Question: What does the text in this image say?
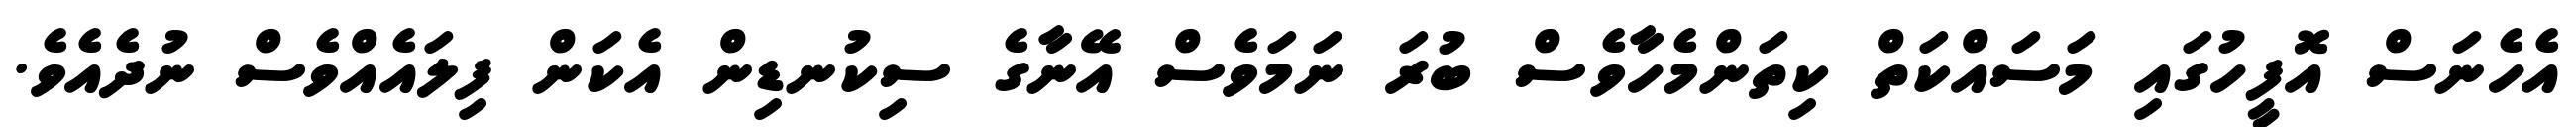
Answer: އެހެނަސް އޮފީހުގައި މަސައްކަތް ކިތަންމެހާވެސް ބުރަ ނަމަވެސް އޭނާގެ ސިކުނޑިން އެކަން ފިލައެއްވެސް ނުދެއެވެ.